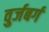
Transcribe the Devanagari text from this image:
वुर्जबर्ग